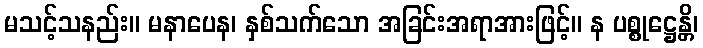
မသင့်သနည်း။ မနာပေန၊ နှစ်သက်သော အခြင်းအရာအားဖြင့်။ န ပစ္စုဋ္ဌေန္တိ၊